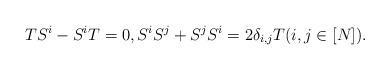
LaTeX: \begin{align*} TS^i-S^iT = 0, S^iS^j+S^jS^i = 2\delta_{i,j}T (i,j \in [N]). \end{align*}